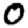
Digit: 0